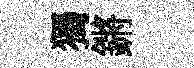
獨鏘